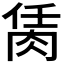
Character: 𦚮